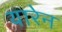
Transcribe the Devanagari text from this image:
यारेन